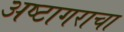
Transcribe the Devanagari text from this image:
अष्टागराचा